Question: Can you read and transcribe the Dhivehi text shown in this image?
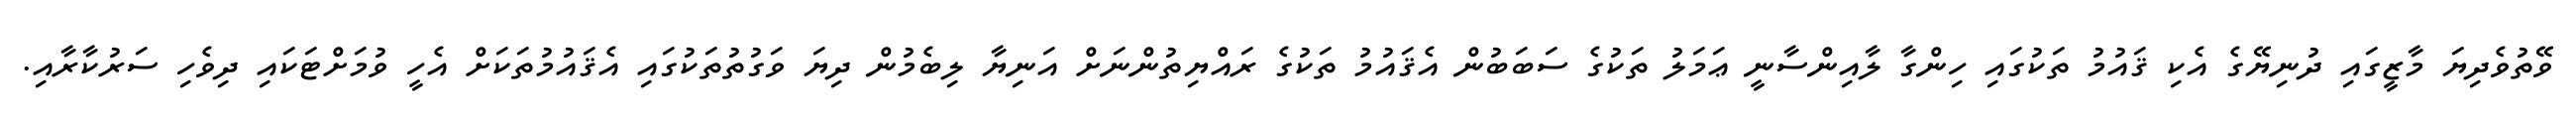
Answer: ވޭތުވެދިޔަ މާޒީގައި ދުނިޔޭގެ އެކި ޤައުމު ތަކުގައި ހިންގާ ލާއިންސާނީ ޢަމަލު ތަކުގެ ސަބަބުން އެޤައުމު ތަކުގެ ރައްޔިތުންނަށް އަނިޔާ ލިބެމުން ދިޔަ ވަގުތުތަކުގައި އެޤައުމުތަކަށް އެހީ ވުމަށްޓަކައި ދިވެހި ސަރުކާރާއި.